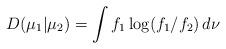
LaTeX: \begin{align*}D_{}(\mu_1|\mu_2)=\int f_1\log(f_1/f_2)\,d\nu\end{align*}